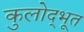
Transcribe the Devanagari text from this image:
कुलोद्‌भूत